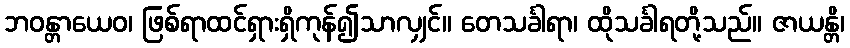
ဘဝန္တာယေဝ၊ ဖြစ်ရာထင်ရှားရှိကုန်၍သာလျှင်။ တေသင်္ခါရာ၊ ထိုသင်္ခါရတို့သည်။ ဇာယန္တိ၊